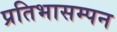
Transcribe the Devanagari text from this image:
प्रतिभासम्पन